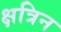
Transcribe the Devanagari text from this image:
क्षत्रिन